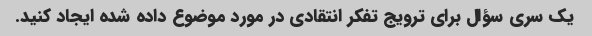
یک سری سؤال برای ترویج تفکر انتقادی در مورد موضوع داده شده ایجاد کنید.